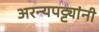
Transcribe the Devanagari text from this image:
अरन्यपट्ट्यांनी